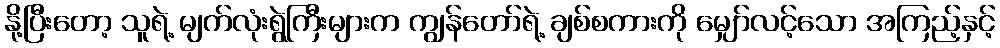
နို့ပြီးတော့ သူရဲ့ မျက်လုံးရွဲကြီးများက ကျွန်တော်ရဲ့ ချစ်စကားကို မျှော်လင့်သော အကြည့်နှင့်